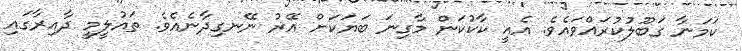
ކަމަނާ ގަބޫލުކުރައްވައެވެ. އެއީ ކާކުކަން މާގިނަ ބަޔަކަށް އޭރު ނޭނގިދާނެއެވެ. ތައުލީމީ ދާއިރާގައި